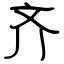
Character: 齐